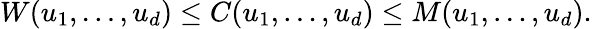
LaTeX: W(u_{1},\dots,u_{d})\leq C(u_{1},\dots,u_{d})\leq M(u_{1},\dots,u_{d}).